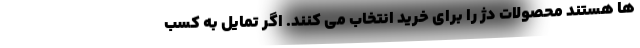
ها هستند محصولات دژ را برای خرید انتخاب می کنند. اگر تمایل به کسب